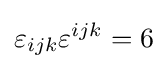
\varepsilon _{ijk}\varepsilon ^{ijk}=6